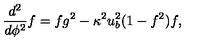
\frac { d ^ { 2 } } { d \phi ^ { 2 } } f = f g ^ { 2 } - \kappa ^ { 2 } u _ { b } ^ { 2 } ( 1 - f ^ { 2 } ) f ,